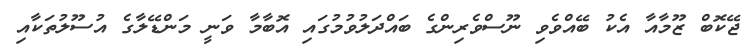
ޖޭކޮބް ޒޫމާއާ އެކު ބޭއްވެވި ނޫސްވެރިންގެ ބައްދަލުވުމުގައި އޮބާމާ ވަނީ މަންޑޭލާގެ އުސޫލުތަކާއި